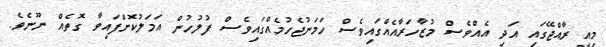
މިއީ ރާއްޖޭގައި އަދި އެއްވެސް މުޒާހަރާއެއްގައިވެސް ހަމަނުޖެހުމެއްގައިވެސް ފުލުހުން އަމަލުކޮށްފައިވާ ގޮތެއް ނޫނެވެ.